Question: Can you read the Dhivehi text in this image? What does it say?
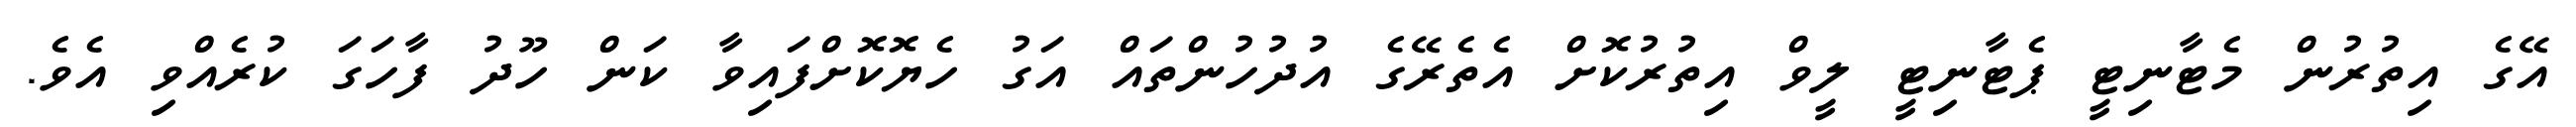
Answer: އޭގެ އިތުރުން މެޓާނިޓީ ޕެޓާނިޓީ ލީވް އިތުރުކޮށް އެތެރޭގެ އުދުހުންތައް އަގު ހެޔޮކޮށްފައިވާ ކަން ހޫދު ފާހަގަ ކުރެއްވި އެވެ.